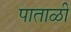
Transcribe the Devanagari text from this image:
पाताळीं